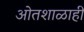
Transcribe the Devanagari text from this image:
ओतशाळाही